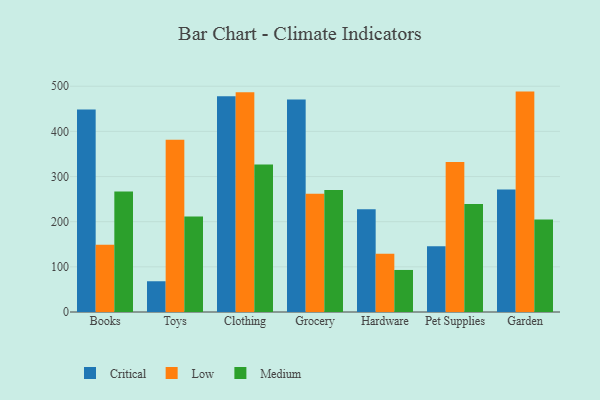
{"axis": {"x": "Category", "y": "Budget (USD K)"}, "legend": ["Critical", "Low", "Medium"], "data": [{"x": "Books", "y": 448.4, "type": "Critical"}, {"x": "Books", "y": 148.9, "type": "Low"}, {"x": "Books", "y": 266.6, "type": "Medium"}, {"x": "Toys", "y": 68.1, "type": "Critical"}, {"x": "Toys", "y": 381.2, "type": "Low"}, {"x": "Toys", "y": 211.5, "type": "Medium"}, {"x": "Clothing", "y": 477.8, "type": "Critical"}, {"x": "Clothing", "y": 486.6, "type": "Low"}, {"x": "Clothing", "y": 326.6, "type": "Medium"}, {"x": "Grocery", "y": 470.4, "type": "Critical"}, {"x": "Grocery", "y": 262.1, "type": "Low"}, {"x": "Grocery", "y": 270.4, "type": "Medium"}, {"x": "Hardware", "y": 227.4, "type": "Critical"}, {"x": "Hardware", "y": 129.0, "type": "Low"}, {"x": "Hardware", "y": 93.1, "type": "Medium"}, {"x": "Pet Supplies", "y": 145.7, "type": "Critical"}, {"x": "Pet Supplies", "y": 332.0, "type": "Low"}, {"x": "Pet Supplies", "y": 239.1, "type": "Medium"}, {"x": "Garden", "y": 271.2, "type": "Critical"}, {"x": "Garden", "y": 488.1, "type": "Low"}, {"x": "Garden", "y": 204.9, "type": "Medium"}]}